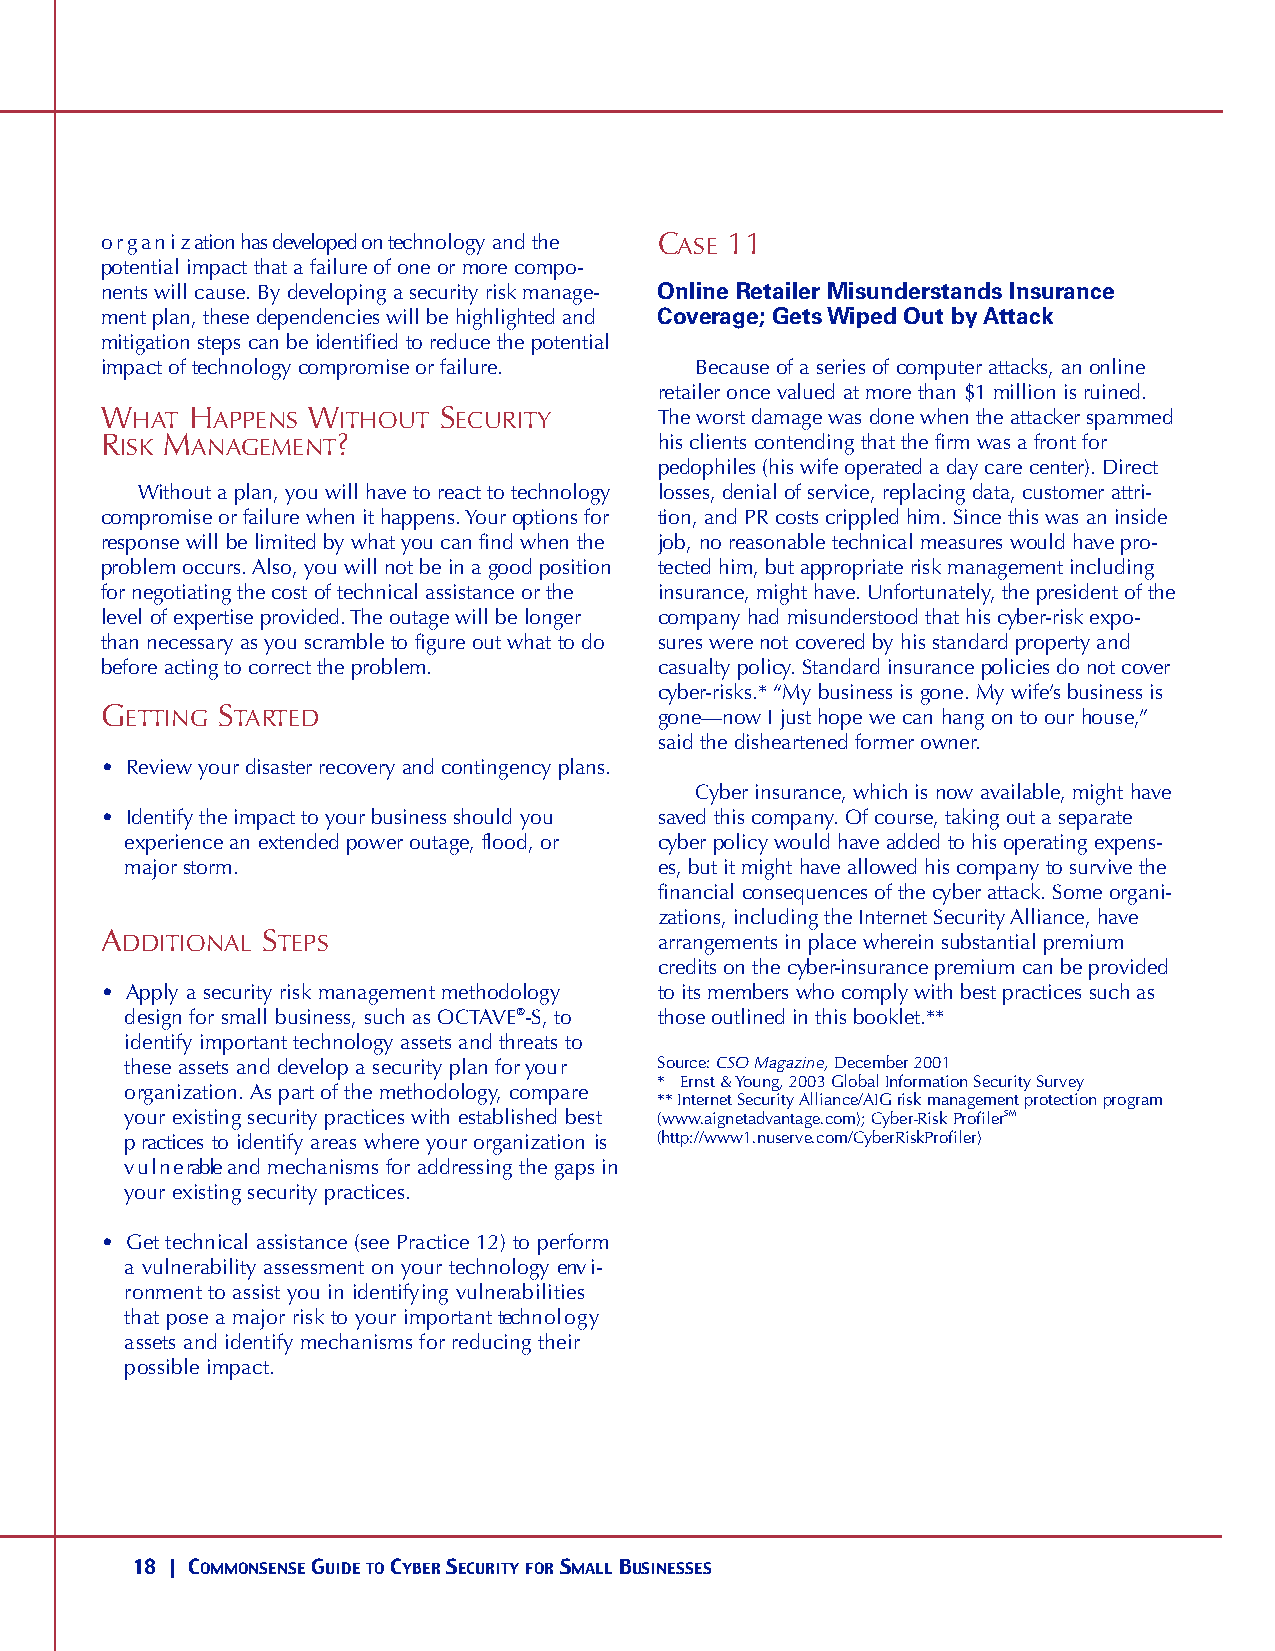
o r g a n i z ation has developed on technology and the CA S E 1 1
 potential impact that a failure of one or more compo-
 nents will cause. By developing a security risk manage- Online Retailer Misunderstands Insurance
 ment plan, these dependencies will be highlighted and Coverage;Gets Wiped Out byAttack
 mitigation steps can be identified to reduce the potential
 impact of technology compromise or failure. Because of a series of computer attacks, an online
 retailer once valued at more than $1 million is ruined.
 WH AT HA P P E N S WI T H O U T SE C U R I T Y The worst damage was done when the attacker spammed
 RI S K MA NAG E M E N T?             his clients contending that the firm was a front for
 pedophiles (his wife operated a day care center). Direct
 Without a plan, you will have to react to technology losses, denial of service, replacing data, customer attri-
 compromise or failure when it happens. Your options for tion, and PR costs crippled him. Since this was an inside
 response will be limited by what you can find when the job, no reasonable technical measures would have pro-
 problem occurs. Also, you will not be in a good position tected him, but appropriate risk management including
 for negotiating the cost of technical assistance or the insurance, might have. Unfortunately, the president of the
 level of expertise provided. The outage will be longer company had misunderstood that his cyber-risk expo-
 than necessary as you scramble to figure out what to do sures were not covered by his standard property and
 before acting to correct the problem. casualty policy. Standard insurance policies do not cover
 cyber-risks.* “My business is gone. My wife’s business is
 GE T T I N G STA RT E D              gone—now I just hope we can hang on to our house,”
 said the disheartened former owner.
 • Review your disaster recovery and contingency plans.
 Cyber insurance, which is now available, might have
 • Identify the impact to your business should you saved this company. Of course, taking out a separate
 experience an extended power outage, flood, or cyber policy would have added to his operating expens-
 major storm.                        es, but it might have allowed his company to survive the
 financial consequences of the cyber attack. Some organi-
 zations, including the Internet Security Alliance, have
 AD D I T I O NA L ST E P S           arrangements in place wherein substantial premium
 credits on the cyber-insurance premium can be provided
 • Apply a security risk management methodology to its members who comply with best practices such as
 design for small business, such as OCTAV E®-S, to those outlined in this booklet.**
 identify important technology assets and threats to
 these assets and develop a security plan for yo u r Source: CSO Magazine, December 2001
 * Ernst & Young, 2003 Global Information Security Survey
 organization. As part of the methodology, compare
 ** Internet Security Alliance/AIG risk management protection program
 your existing security practices with established best (www.aignetadvantage.com); Cyber-Risk ProfilerSM
 p ractices to identify areas where your organization is (http://www1.nuserve.com/CyberRiskProfiler)
 v u l n e rable and mechanisms for addressing the gaps in
 your existing security practices.
 • Get technical assistance (see Practice 12) to perform
 a vulnerability assessment on your technology env i-
 ronment to assist you in identifying vulnera b i l i t i e s
 that pose a major risk to your important tech n o l o g y
 assets and identify mechanisms for reducing their
 possible impact.
 18 | COMMONSENSEGUIDETOCYBERSECURITYFORSMALLBUSINESSES